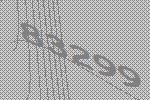
83299